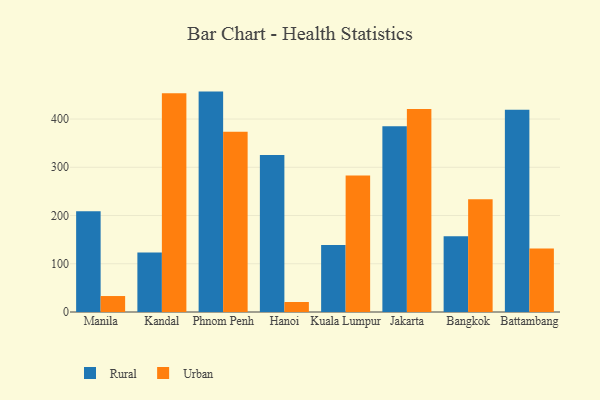
{"axis": {"x": "City", "y": "Operating Costs (USD K)"}, "legend": ["Rural", "Urban"], "data": [{"x": "Manila", "y": 209.0, "type": "Rural"}, {"x": "Manila", "y": 33.1, "type": "Urban"}, {"x": "Kandal", "y": 123.2, "type": "Rural"}, {"x": "Kandal", "y": 453.7, "type": "Urban"}, {"x": "Phnom Penh", "y": 456.9, "type": "Rural"}, {"x": "Phnom Penh", "y": 373.9, "type": "Urban"}, {"x": "Hanoi", "y": 325.7, "type": "Rural"}, {"x": "Hanoi", "y": 20.7, "type": "Urban"}, {"x": "Kuala Lumpur", "y": 139.0, "type": "Rural"}, {"x": "Kuala Lumpur", "y": 283.1, "type": "Urban"}, {"x": "Jakarta", "y": 385.1, "type": "Rural"}, {"x": "Jakarta", "y": 420.6, "type": "Urban"}, {"x": "Bangkok", "y": 157.1, "type": "Rural"}, {"x": "Bangkok", "y": 233.6, "type": "Urban"}, {"x": "Battambang", "y": 419.2, "type": "Rural"}, {"x": "Battambang", "y": 131.8, "type": "Urban"}]}